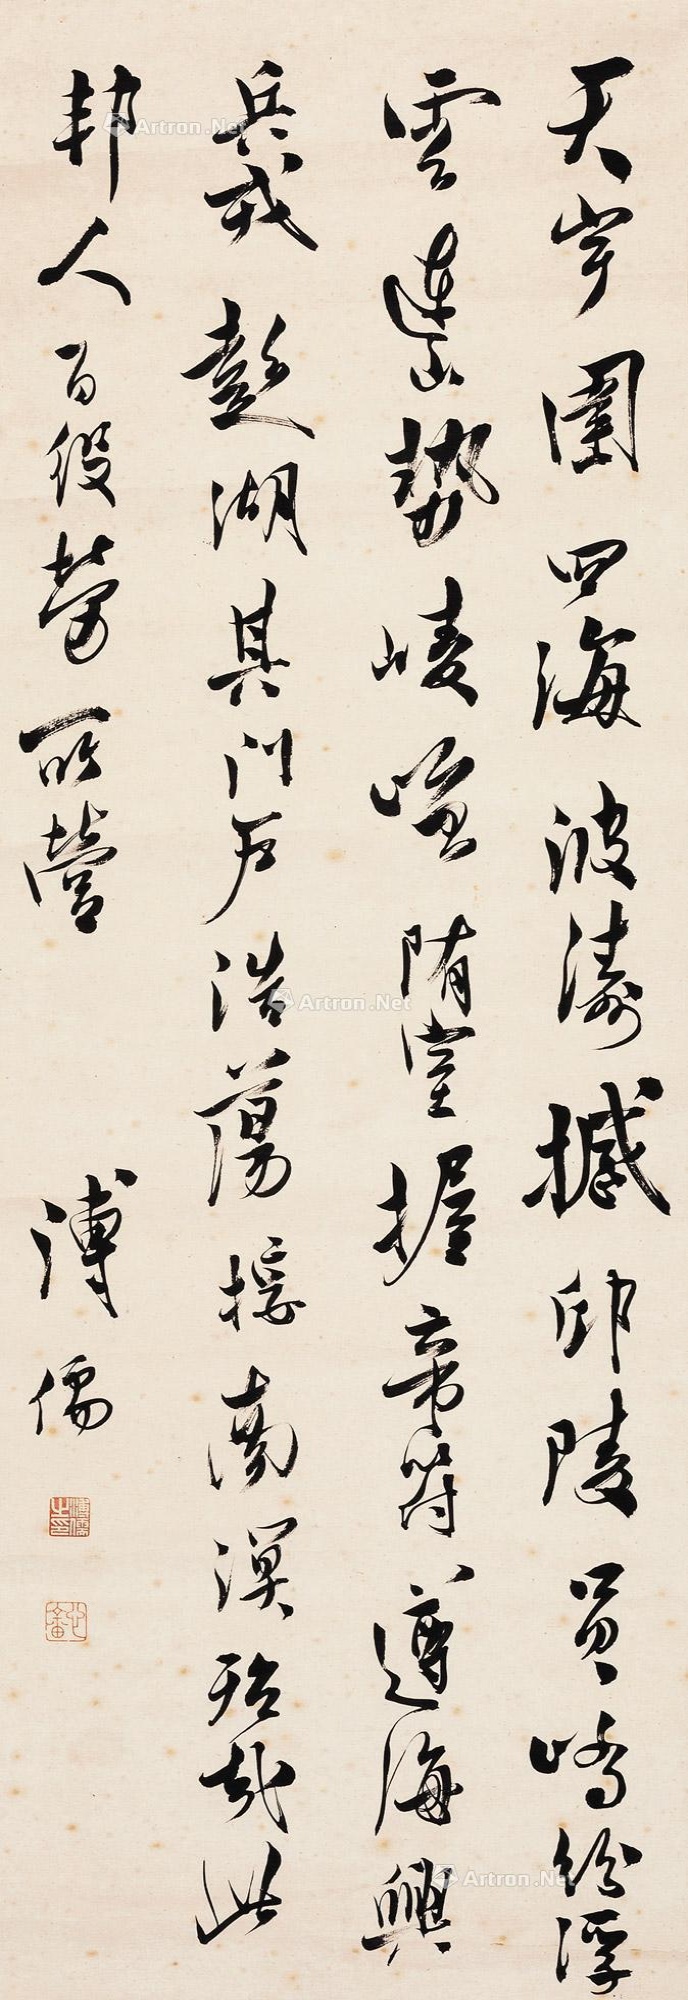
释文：天宇围四海，波涛撼邱陵，员峤起浮云，连山势崚嶒，随室握帝符，遵海兴兵戎，澎湖其门户，浩荡接南溟，殆哉此邦人，百役劳所营。溥儒。溥儒之印